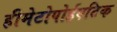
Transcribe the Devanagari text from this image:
हीमेटोपोईएटिक